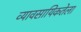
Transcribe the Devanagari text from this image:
व्यावसायिकतेला